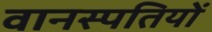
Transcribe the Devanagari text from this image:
वानस्पतियों